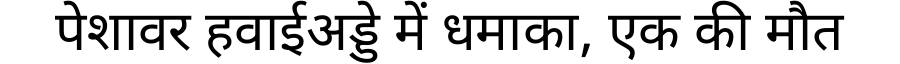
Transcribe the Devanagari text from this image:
पेशावर हवाईअड्डे में धमाका, एक की मौत